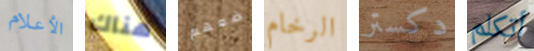
الأعلام هناك ضعهم الرخام دكستر أتكلم